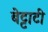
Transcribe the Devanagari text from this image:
बेट्टाटी